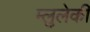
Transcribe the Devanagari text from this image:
म्लुलेकी